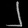
Digit: ၂